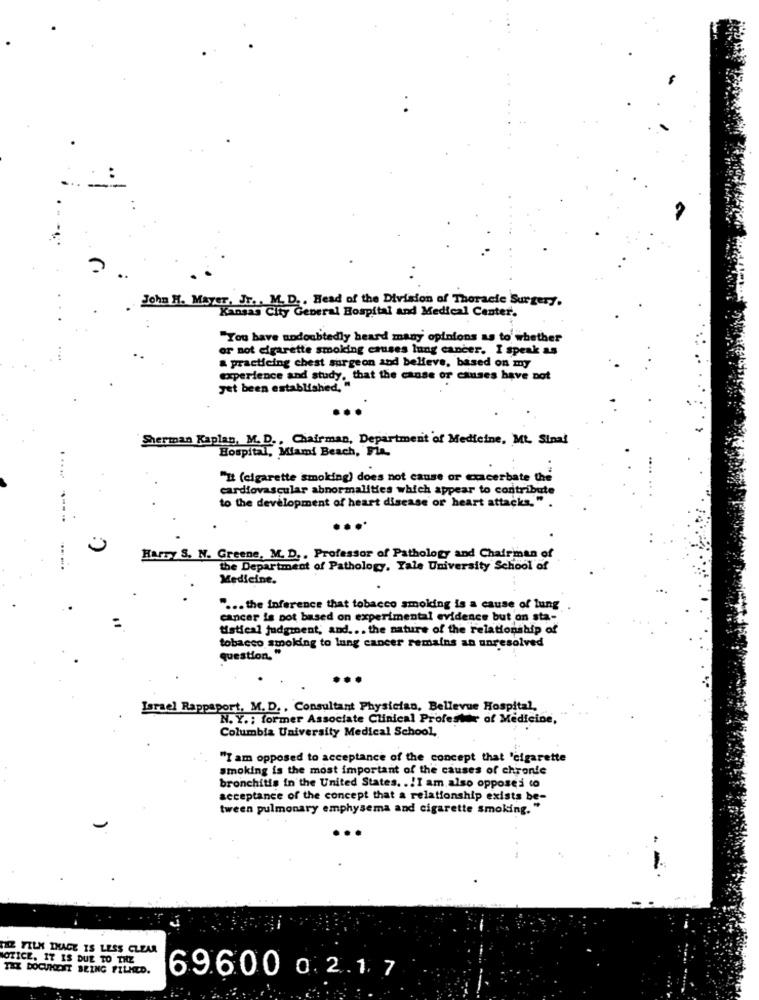
John H. Mayer, Jr ., M. D ., Head of the Division of Thoracic Surgery.
Kansas City General Hospital and Medical Center.
"You have undoubtedly heard many opinions as to whether
or not cigarette smoking causes lung cancer. I speak as
& practicing chest surgeon and believe, based on my
experience and study, that the canse or causes have not
yet been established, "
Sherman Kaplan, M. D ., Chairman, Department of Medicine, Mt Sinal
Hospital, Miami Beach, Fla.
"It (cigarette smoking) does not cause or exacerbate the
cardiovascular abnormalities which appear to contribute
to the development of heart disease or heart attacks," .
----
....
Harry S. N. Greene, M. D. , Professor of Pathology and Chairman of
the Department of Pathology, Yale University School of
Medicine.
... the inference that tobacco smoking is a cause of lung
cancer is pot based on experimental evidence but on sta-
tistical judgment, and ... the nature of the relationship of
tobacco smoking to lung cancer remains an unresolved
question. "
...
Israel Rappaport, M. D ., Consultant Physician, Bellevue Hospital,
N. Y .; former Associate Clinical Profester of Medicine,
Columbia University Medical School,
"I am opposed to acceptance of the concept that 'cigarette
smoking is the most important of the causes of chronic
bronchitis in the United States. . ! I am also opposed to
acceptance of the concept that a relationship exists be-
tween pulmonary emphysema and cigarette smoking."
GAZ FILM THAGE IS LESS CLEAR
NOTICE. IT IS DUE TO THE
TEX DOCUMENT BEING FILMED.
69.600 0. 2.1 7